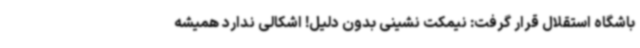
باشگاه استقلال قرار گرفت: نیمکت نشینی بدون دلیل! اشکالی ندارد همیشه